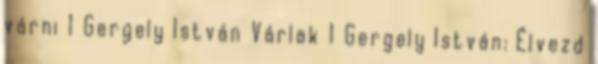
várni 1 Gergely István Várlak 1 Gergely István: Élvezd